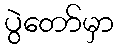
ပွဲတော်မှာ